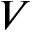
V